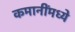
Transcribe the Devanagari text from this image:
कमानींमध्ये